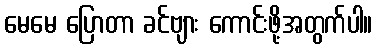
မေမေ ပြောတာ ခင်ဗျား ကောင်းဖို့အတွက်ပါ။